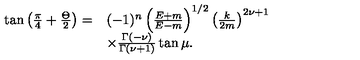
\begin{array} { r l } { \tan \left( \frac { \pi } { 4 } + \frac { \Theta } { 2 } \right) = } & { ( - 1 ) ^ { n } \left( \frac { E + m } { E - m } \right) ^ { 1 / 2 } \left( \frac { k } { 2 m } \right) ^ { 2 \nu + 1 } } \\ { } & { \times \frac { \Gamma ( - \nu ) } { \Gamma ( \nu + 1 ) } \tan \mu . } \\ \end{array}